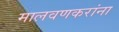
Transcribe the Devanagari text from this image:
मालवणकरांना